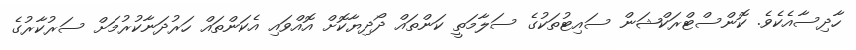
ހާދިސާއެކެވެ. ކޮންސްޓްރަކްޝަން ސައިޓުތަކުގެ ސަލާމަތީ ކަންތައް ދޯދިޔާކޮށް އޮއްވައި އެކަންތައް ހަރުދަނާކުރުމަށް ސަރުކާރުގެ